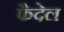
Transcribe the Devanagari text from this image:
फैदेल